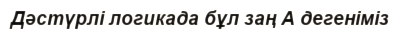
Дәстүрлі логикада бұл заң А дегеніміз